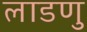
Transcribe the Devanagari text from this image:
लाडणु